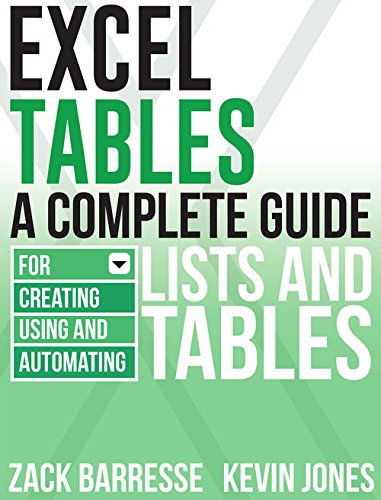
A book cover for Excel Tables: A Complete Guide for Creating, Using and Automating Lists and Tables; Zack Barresse; Computers & Technology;